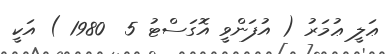
ޢަލީ ޢުމަރު ( އުފަންވީ އޮގަސްޓު 5  1980 ) އަކީ